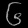
Digit: ၆